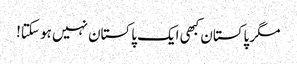
مگر پاکستان کبھی ایک پاکستان نہیں ہو سکتا!